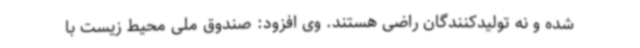
شده و نه تولیدکنندگان راضی هستند. وی افزود: صندوق ملی محیط زیست با